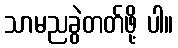
သာမညခွဲတတ်ဖို့ ပါ။